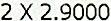
2 X 2.9000